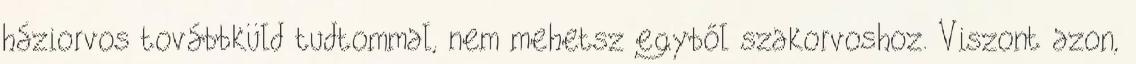
háziorvos továbbküld tudtommal, nem mehetsz egyből szakorvoshoz. Viszont azon,